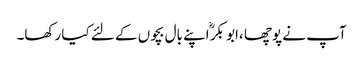
آپ نے پوچھا ،ابو بکرؓ اپنے بال بچوں کے لئے کیا رکھا۔